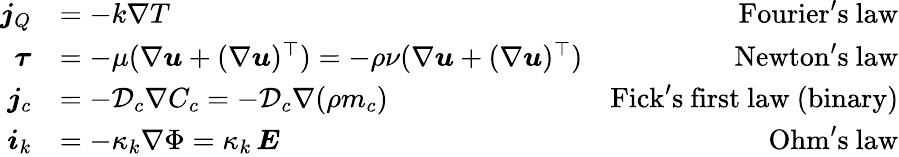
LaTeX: \begin{array}{rlr}{\boldsymbol{j}_{Q}}&{=-k\nabla T}&{\mathrm{Fourier's~law}}\\ {\boldsymbol{\tau}}&{=-\mu(\nabla\boldsymbol{u}+(\nabla\boldsymbol{u})^{\top})=-\rho\nu(\nabla\boldsymbol{u}+(\nabla\boldsymbol{u})^{\top})}&{\mathrm{Newton's~law}}\\ {\boldsymbol{j}_{c}}&{=-\mathcal{D}_{c}\nabla C_{c}=-\mathcal{D}_{c}\nabla(\rho m_{c})}&{\mathrm{Fick's~first~law~(binary)}}\\ {\boldsymbol{i}_{k}}&{=-\kappa_{k}\nabla\Phi=\kappa_{k}\, \boldsymbol{E}}&{\mathrm{Ohm's~law}}\end{array}